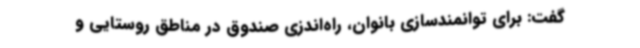
گفت: برای توانمندسازی بانوان، راه‌اندزی صندوق در مناطق روستایی و